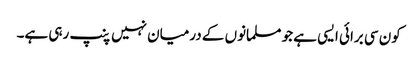
کون سی برائی ایسی ہے جو مسلمانوں کے درمیان نہیں پنپ رہی ہے۔